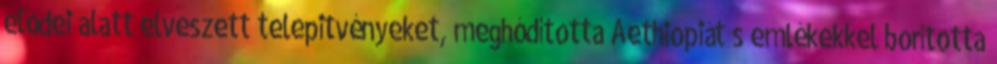
elődei alatt elveszett telepitvényeket, meghódította Aethiopiát s emlékekkel borította